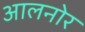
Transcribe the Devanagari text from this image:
आलनोर